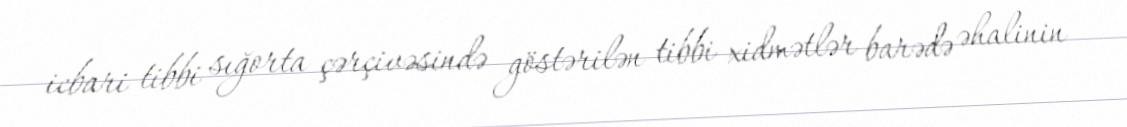
icbari tibbi sığorta çərçivəsində göstərilən tibbi xidmətlər barədə əhalinin